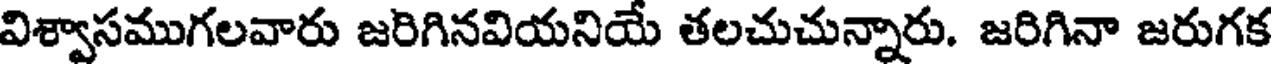
విశ్వాసముగలవారు జరిగినవియనియే తలచుచున్నారు. జరిగినా జరుగక